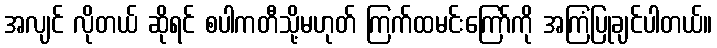
အလျင် လိုတယ် ဆိုရင် စပါကတီသို့မဟုတ် ကြက်ထမင်းကြော်ကို အကြံပြုချင်ပါတယ်။